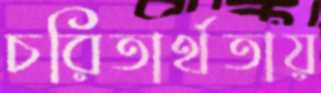
চরিতার্থতায়